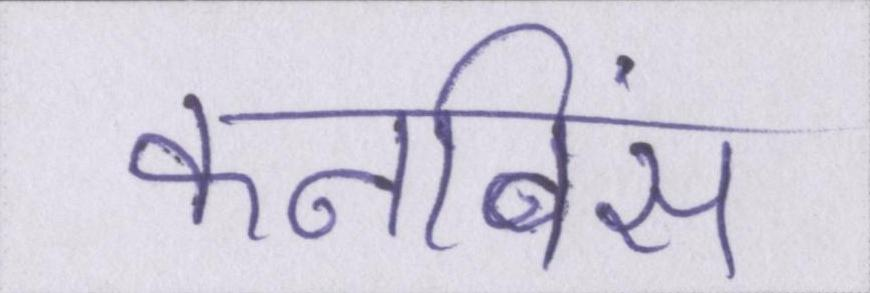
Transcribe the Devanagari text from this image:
कनविंस